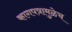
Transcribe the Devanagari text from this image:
कागपत्रामुळेच